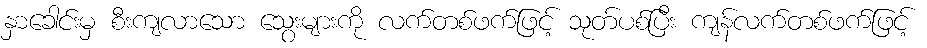
နှာခေါင်းမှ စီးကျလာသော သွေးများကို လက်တစ်ဖက်ဖြင့် သုတ်ပစ်ပြီး ကျန်လက်တစ်ဖက်ဖြင့်